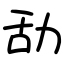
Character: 㔚